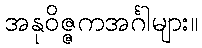
အနုဝိဇ္ဇကအင်္ဂါများ။